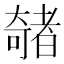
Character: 𫯽